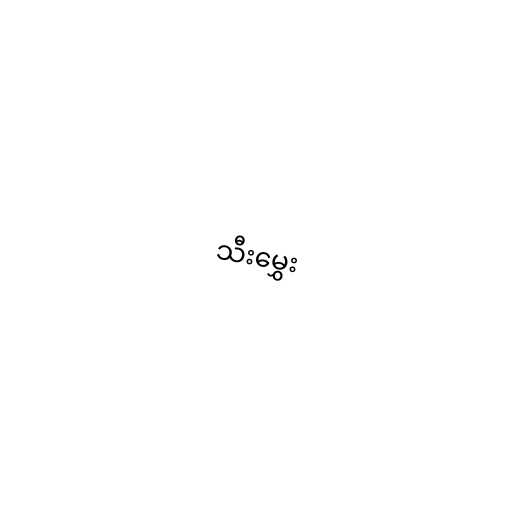
သီးမွှေး